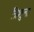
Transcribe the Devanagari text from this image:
त्रिशुला